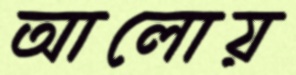
আলোয়